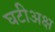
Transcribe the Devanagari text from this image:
घटीअक्ष